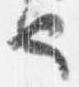
也